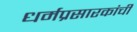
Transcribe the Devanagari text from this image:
धर्मप्रसारकांची